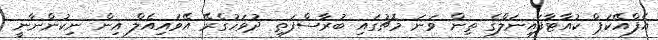
އެފްއޭކަޕް ކުއާޓާފައިނަލްގެ ތިން ވަނަ މެޗުގައި ބުރާސްފަތި ދުވަހުގެރޭ އޭވައިއެލް އިން ނިކުންނާނީ